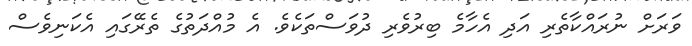
ވަރަށް ނުރައްކާތެރި އަދި އެހާމެ ބިރުވެރި ދުވަސްތަކެވެ. އެ މުއްދަތުގެ ތެރޭގައި އެކަނިވެސް